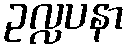
ဥလ္လပနာ